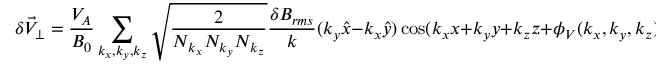
\delta \vec { V } _ { \perp } = \frac { V _ { A } } { B _ { 0 } } \sum _ { k _ { x } , k _ { y } , k _ { z } } \sqrt { \frac { 2 } { N _ { k _ { x } } N _ { k _ { y } } N _ { k _ { z } } } } \frac { \delta B _ { r m s } } { k } ( k _ { y } \hat { x } - k _ { x } \hat { y } ) \cos ( k _ { x } x + k _ { y } y + k _ { z } z + \phi _ { V } ( k _ { x } , k _ { y } , k _ { z } ) ) ,